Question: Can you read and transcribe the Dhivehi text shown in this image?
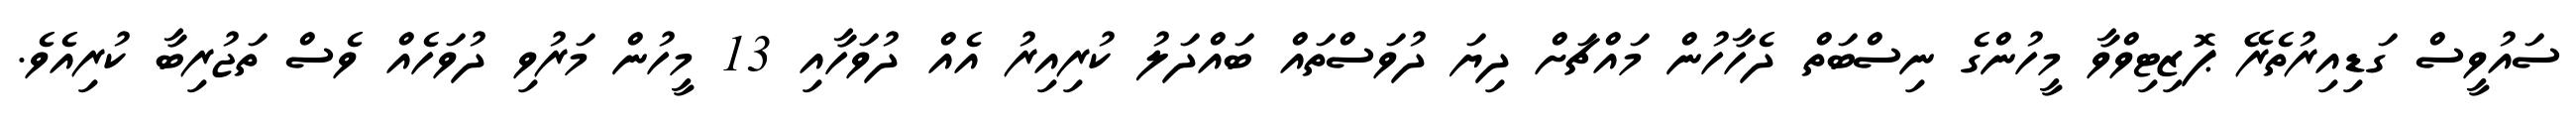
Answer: ސައުވީސް ގަޑިއިރުތެރޭ ޕޮޒިޓިވްވާ މީހުންގެ ނިސްބަތް ދެހާހުން މައްޗަށް ދިޔަ ދުވަސްތައް ބައްދަލު ކުރިއިރު އެއް ދުވަހާއި 13 މީހުން މަރުވި ދުވަހެއް ވެސް ތަޖުރިބާ ކުރިއެވެ.